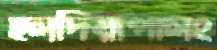
হলদিয়াপালং